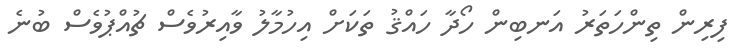
ފިރިން ތިންހަތަރު އަނބިން ހޯދާ ހައްޤު ތަކަށް އިހުމާލު ވާއިރުވެސް ޗުއްޕުވެސް ބުނެ